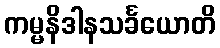
ကမ္မနိဒါနသင်္ခယောတိ